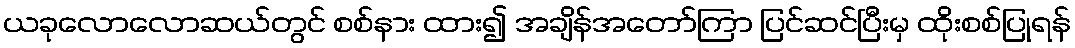
ယခုလောလောဆယ်တွင် စစ်နား ထား၍ အချိန်အတော်ကြာ ပြင်ဆင်ပြီးမှ ထိုးစစ်ပြုရန်